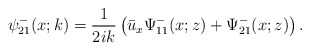
\begin{align*}\psi^-_{21}(x;k)=\frac{1}{2ik}\left(\bar{u}_x \Psi^-_{11}(x;z)+\Psi^-_{21}(x;z)\right).\end{align*}